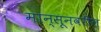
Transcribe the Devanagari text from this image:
मान्सूनवरील